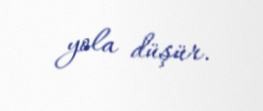
yola düşür.